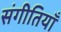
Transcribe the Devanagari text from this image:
संगीतियाँ